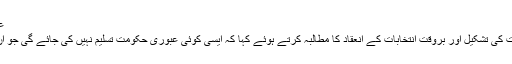
عمران خان کا انتخابات کے اعلان کا مطالبہ
عمران خان نے غیر جانبدار عبوری حکومت کی تشکیل اور بروقت انتخابات کے انعقاد کا مطالبہ کرتے ہوئے کہا کہ ایسی کوئی عبوری حکومت تسلیم نہیں کی جائے گی جو ان کے بقول مک مکا سے تشکیل دی جائے۔